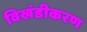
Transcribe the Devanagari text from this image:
विखंडीकरण